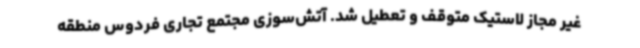
غیر مجاز لاستیک متوقف و تعطیل شد. آتش‌سوزی مجتمع تجاری فردوس منطقه